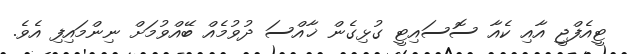
ޓީއެފްޖީ އާއި ކެއާ ސޮސައިޓީ ގުޅިގެން ޚާއްސަ ދުވުމެއް ބޭއްވުމަށް ނިންމައިފި އެވެ.